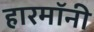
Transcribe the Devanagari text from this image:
हारमॉनी